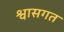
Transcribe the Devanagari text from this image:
श्वासगत